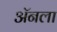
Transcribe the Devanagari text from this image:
ॲनला